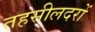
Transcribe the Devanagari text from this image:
तहसीलदरों